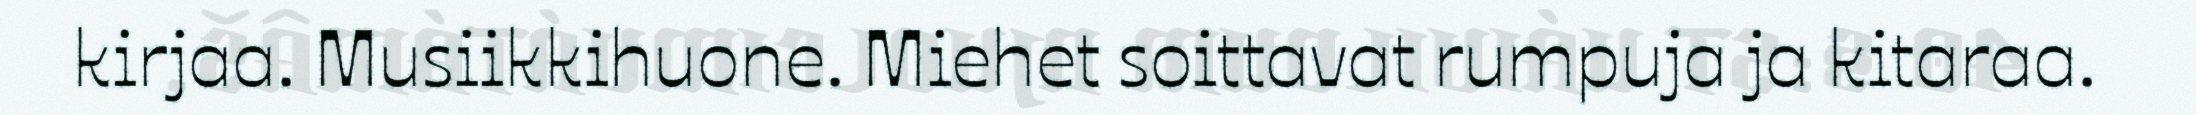
kirjaa. Musiikkihuone. Miehet soittavat rumpuja ja kitaraa.